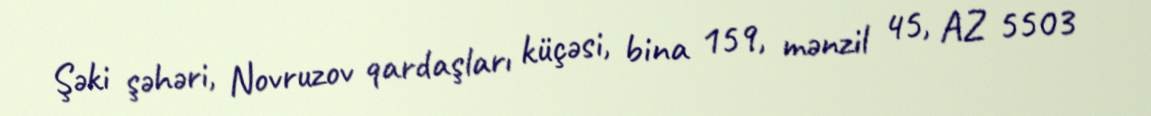
Şəki şəhəri, Novruzov qardaşları küçəsi, bina 159, mənzil 45, AZ 5503